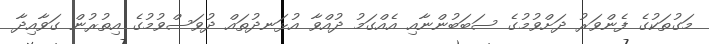
މަގުތަކުގެ ފެންވަރު ދަށްވުމުގެ ސަބަބުންނާއި އެއްގަމު ދުއްވާ އުޅަނދުތައް ދުވަސްވުމުގެ އިތުރުން ގަވާއިދާ